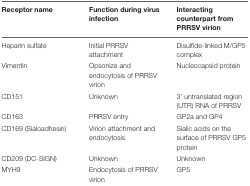
| Receptor name | Function during virus infection | Interacting counterpart from PRRSV virion |
 | --- | --- | --- |
 | Heparin sulfate | Initial PRRSV attachment | Disulfide-linked M/GP5 complex |
 | Vimentin | Opsonize and endocytosis of PRRSV virion | Nucleocapsid protein |
 | CD151 | Unknown | 3’ untranslated region (UTR) RNA of PRRSV |
 | CD163 | PRRSV entry | GP2a and GP4 |
 | CD169 (Sialoadhesin) | Virion attachment and endocytosis | Sialic acids on the surface of PRRSV GP5 protein |
 | CD209 (DC-SIGN) | Unknown | Unknown |
 | MYH9 | Endocytosis of PRRSV virion | GP5 |